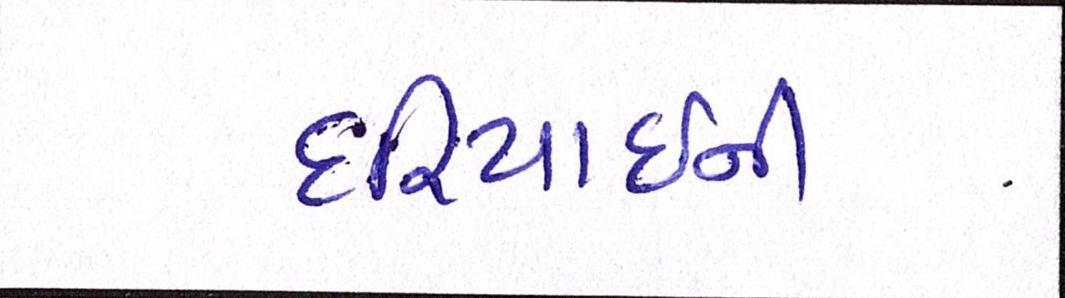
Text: દરિયાઈની